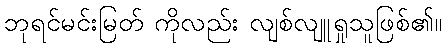
ဘုရင်မင်းမြတ် ကိုလည်း လျစ်လျူရှုသူဖြစ်၏။